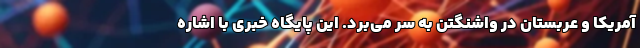
آمریکا و عربستان در واشنگتن به سر می‌برد. این پایگاه خبری با اشاره